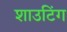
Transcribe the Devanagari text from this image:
शाउटिंग